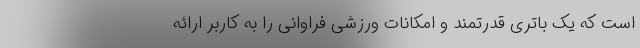
است که یک باتری قدرتمند و امکانات ورزشی فراوانی را به کاربر ارائه